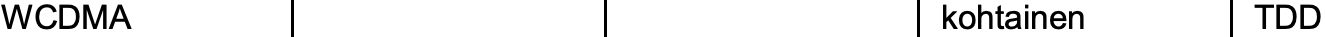
WCDMA                          kohtainen TDD